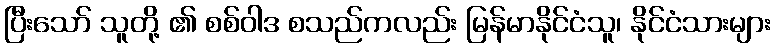
ပြီးသော် သူတို့ ၏ စစ်ဝါဒ စသည်ကလည်း မြန်မာနိုင်ငံသူ၊ နိုင်ငံသားများ